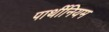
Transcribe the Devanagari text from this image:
पार्थीनियम